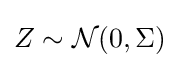
Z\sim {\mathcal {N}}(0,\Sigma )